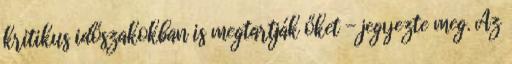
kritikus időszakokban is megtartják őket - jegyezte meg. Az